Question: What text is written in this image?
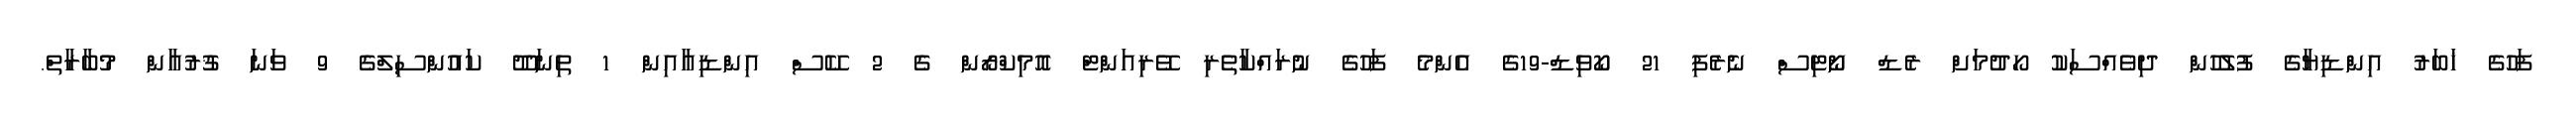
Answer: ފަހުގެ ޚަބަރު އިންޑިޔާގެ ފުލުހުން ދިވެއްސަކު ހޯދުމަށް ރެޑް ނޯޓިސް ނެރެފި 21 ކޯވިޑް-19ގެ އެންމެ ފަހުގެ ނުރައްކާތެރި ވޭރިއަންޓް އޮމިކްރޯން ގެ 2 ކޭސް އިންޑިއާއިން 1 ތިނަދޫ ކައުންސިލްގެ 9 ވަނަ ޤުރުއާން މުބާރާތް.